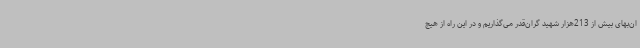
ان‌بهای بیش از 213هزار شهید گران‌قدر می‌گذاریم و در این راه از هیچ